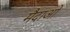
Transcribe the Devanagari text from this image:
मैदाओं